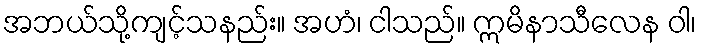
အဘယ်သို့ကျင့်သနည်း။ အဟံ၊ ငါသည်။ ဣမိနာသီလေန ဝါ၊